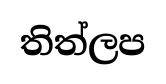
තිත්ලප